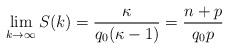
LaTeX: \begin{align*}\lim \limits_{k \to \infty}S(k)=\dfrac{\kappa}{q_0(\kappa-1)}=\dfrac{n+p}{q_0p}\end{align*}